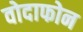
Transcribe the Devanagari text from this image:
वोदाफोन